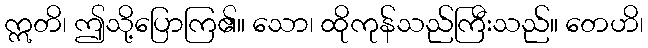
ဣတိ၊ ဤသို့ပြောကြ၏။ သော၊ ထိုကုန်သည်ကြီးသည်။ တေဟိ၊